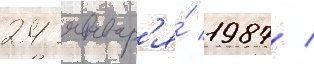
24 январ'я́ 1987 /